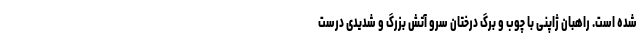
شده است. راهبان ژاپنی با چوب و برگ درختان سرو آتش بزرگ و شدیدی درست